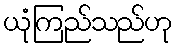
ယုံကြည်သည်ဟု